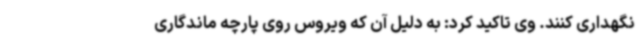
نگهداری کنند. وی تاکید کرد: به دلیل آن که ویروس روی پارچه ماندگاری